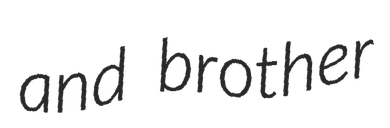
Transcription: and brother